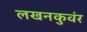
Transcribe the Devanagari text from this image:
लखनकुवंर